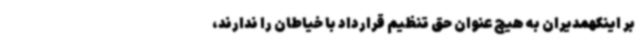
بر اینکهمدیران به هیچ عنوان حق تنظیم قرارداد با خیاطان را ندارند،